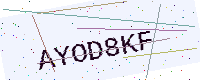
Text: AYOD8KF